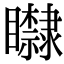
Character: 𥌿